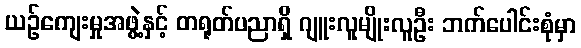
ယဉ်ကျေးမှုအဖွဲ့နှင့် တရုတ်ပညာရှိ ဂျူးလူမျိုးလူဦး ဘက်ပေါင်းစုံမှာ